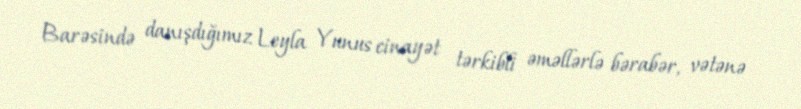
Barəsində danışdığımız Leyla Yunus cinayət tərkibli əməllərlə bərabər, vətənə